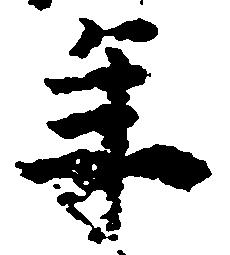
年